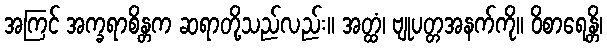
အကြင် အက္ခရာစိန္တက ဆရာတို့သည်လည်း။ အတ္ထံ၊ ဗျုပတ္တအနက်ကို။ ဝိစာရေန္တိ၊